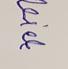
Signature authenticity: forged